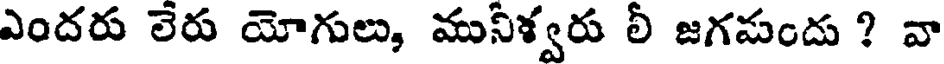
ఎందరు లేరు యోగులు, మునీళ్వరు లీ జగమందు ? వా